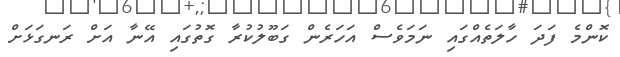
ކޮންމެ ފަދަ ހާލަތެއްގައި ނަމަވެސް އަހަރެން ގަބޫލުކުރާ ގޮތުގައި އޭނާ އަށް ރަނގަޅަށް